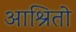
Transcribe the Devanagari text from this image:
आश्रितो